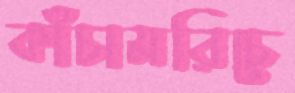
কাঁচামরিচে